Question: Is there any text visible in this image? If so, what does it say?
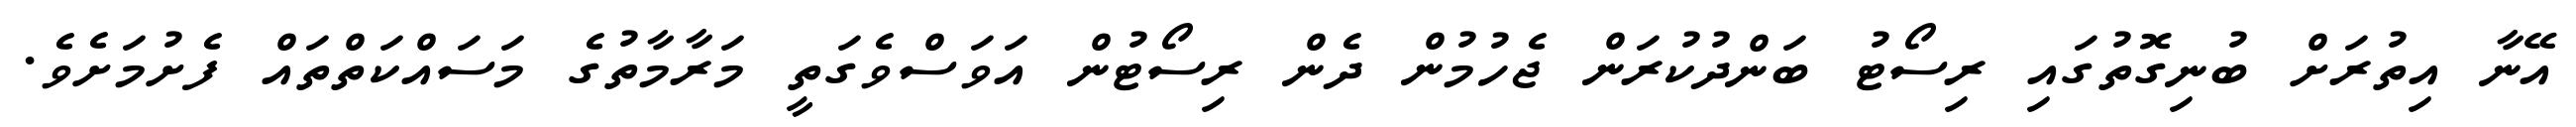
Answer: އޭނާ އިތުރަށް ބުނިގޮތުގައި ރިސޯޓު ބަންދުކުރަން ޖެހުމުން ދެން ރިސޯޓުން އަވަސްވެގަތީ މަރާމާތުގެ މަސައްކަތްތައް ފެށުމަށެވެ.